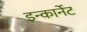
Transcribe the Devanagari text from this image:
इन्कार्नेट